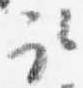
取